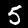
Digit: 5